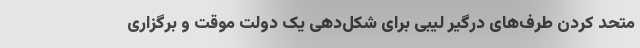
متحد کردن طرف‌های درگیر لیبی برای شکل‌دهی یک دولت موقت و برگزاری